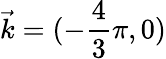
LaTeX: \vec{k}=(-\frac{4}{3}\pi,0)